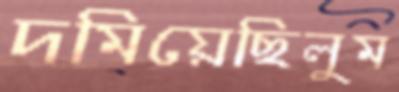
দমিয়েছিলুম